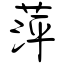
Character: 萍